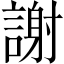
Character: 謝